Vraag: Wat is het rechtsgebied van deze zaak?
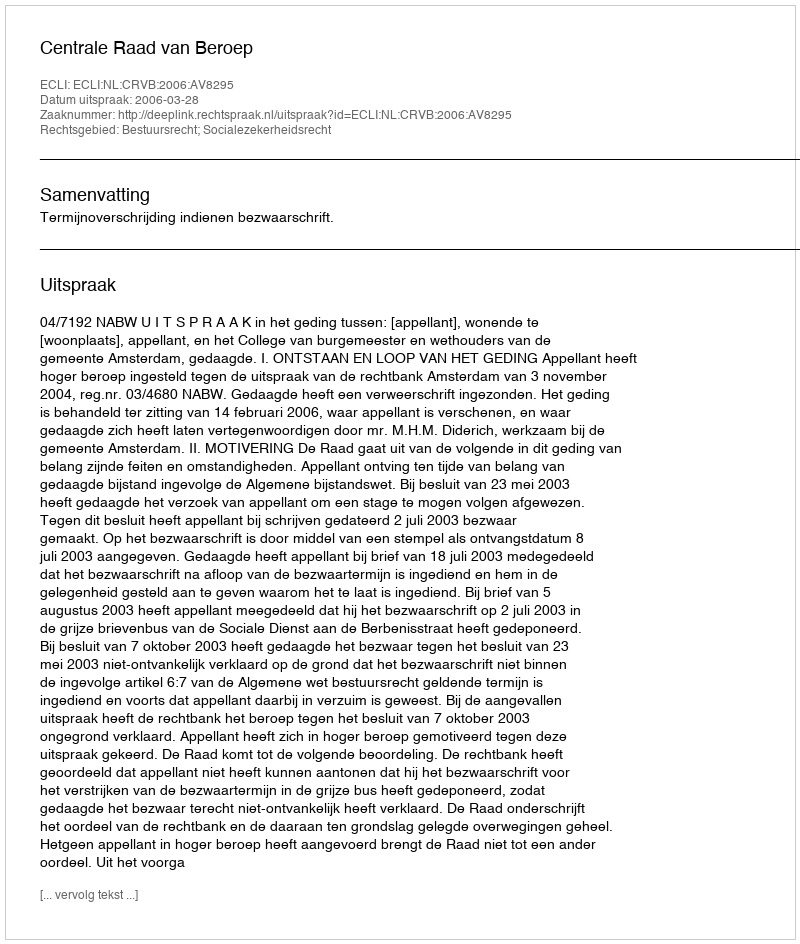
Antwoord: Bestuursrecht; Socialezekerheidsrecht